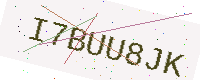
Text: I7BUU8JK